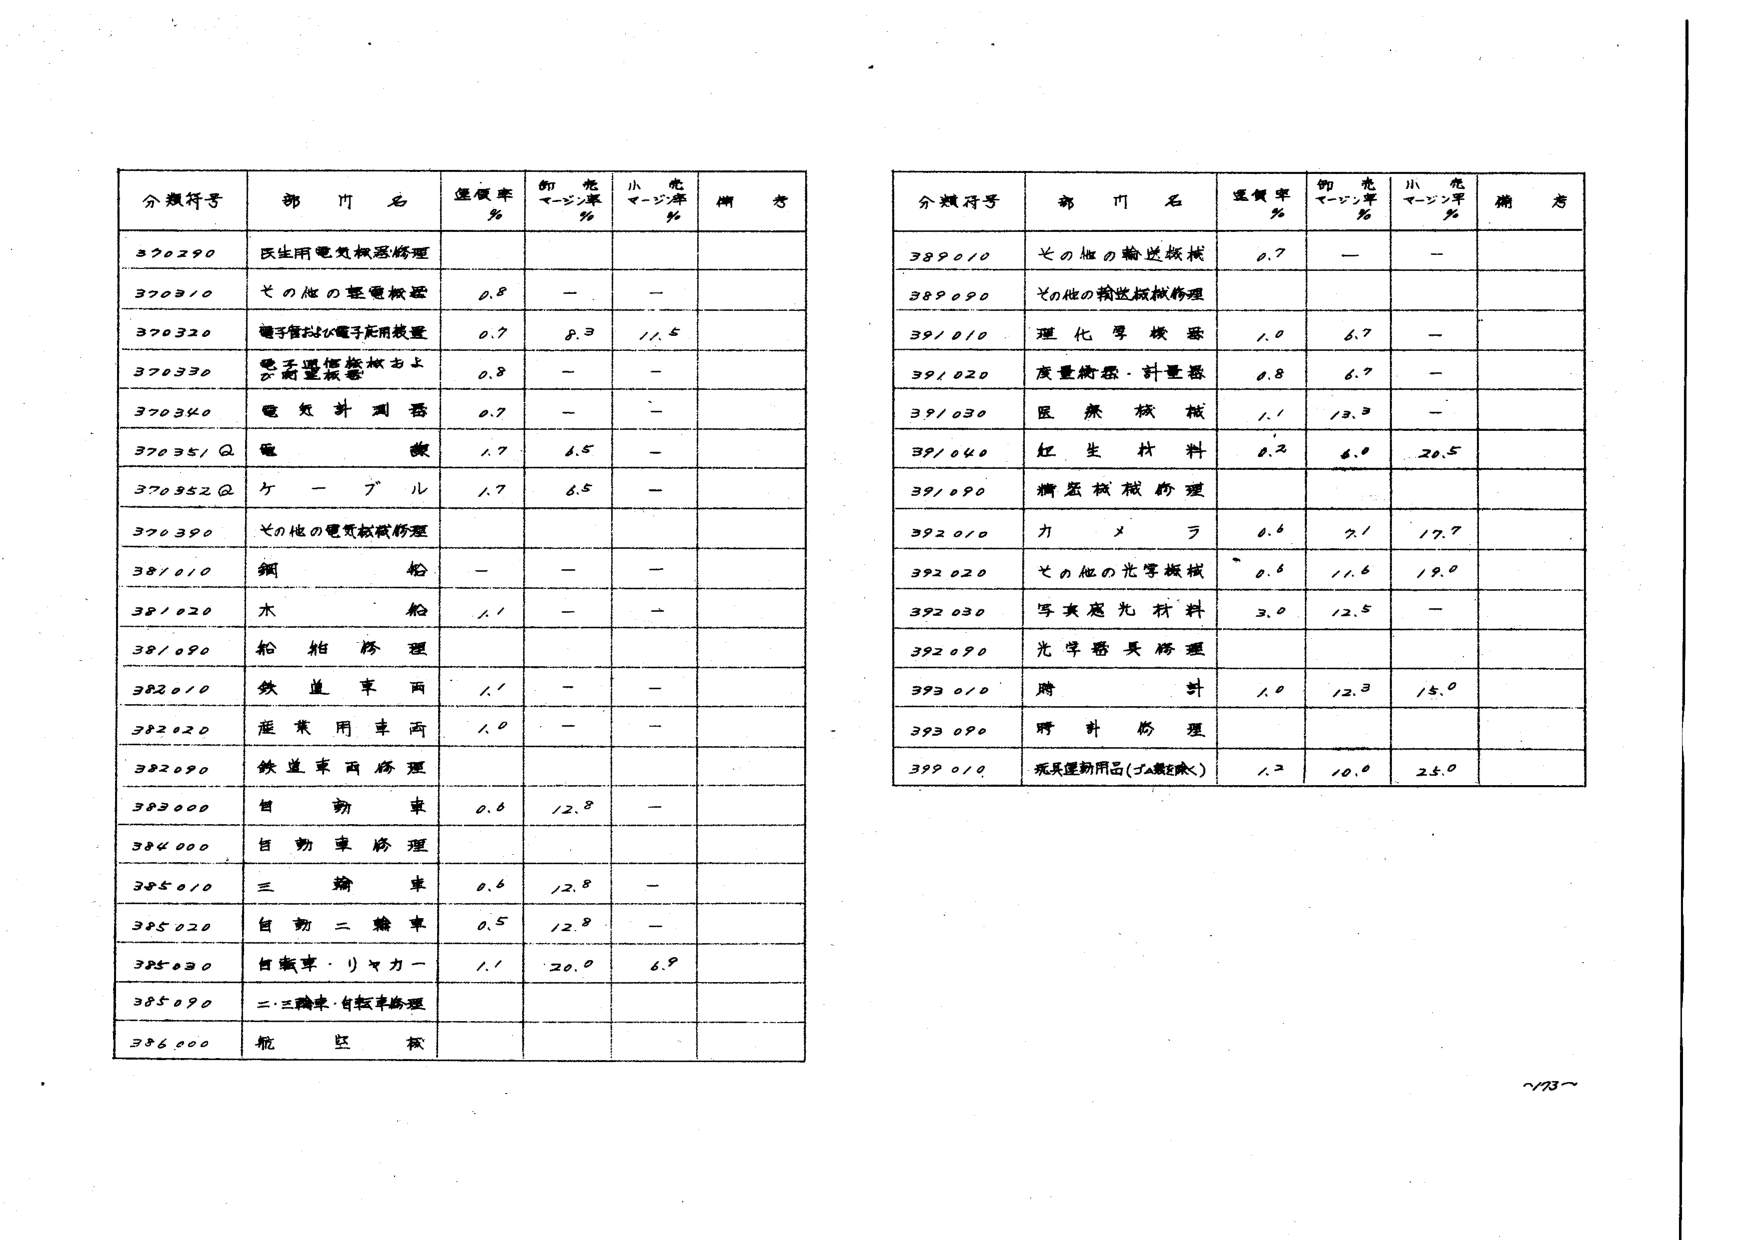
分類符号 部門名 選択率% 飾光マージン率% 小売マージン率% 備考
370290 民生用電気機械修理
370310 その他の電気機械 0.8 — —
370320 電子管および電子応用装置 0.7 8.3 11.5
370330 電子通信機械および計量機器 0.8 — —
370340 電気計測器 0.7 — —
370351Q 電機 1.7 6.5 —
370352Q ケーブル 1.7 6.5 —
370390 その他の電気機械修理
381010 鋼船 — — —
381020 木船 1.1 — —
381090 船舶修理
382010 鉄道車両 1.1 — —
382020 運転用車両 1.0 — —
382090 鉄道車両修理
383000 自動車 0.6 12.8 —
384000 自動車修理
385010 三輪車 0.6 12.8 —
385020 自動二輪車 0.5 12.8 —
385030 自転車・リヤカー 1.1 20.0 6.9
385090 二・三輪車・自転車修理
386000 航空機

分類符号 部門名 選択率% 飾光マージン率% 小売マージン率% 備考
389010 その他の輸送機械 0.7 — —
389090 その他の輸送機械修理
391010 理化学機器 1.0 6.7 —
391020 度量衡器・計量器 0.8 6.7 —
391030 医療機械 1.1 13.3 —
391040 紅生材料 0.2 6.0 20.5
391090 精密機械修理
392010 カメラ 0.6 7.1 17.7
392020 その他の光学機械 0.6 11.6 19.0
392030 写真感光材料 3.0 12.5 —
392090 光学器具修理
393010 腸計 1.0 12.3 15.0
393090 腸計修理
399010 玩具運動用品（ゴム製を除く） 1.2 10.0 24.0

~73~